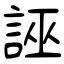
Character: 誣